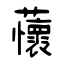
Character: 蘹